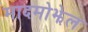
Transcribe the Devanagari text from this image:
मादमोझेल